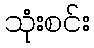
သုံးစင်း